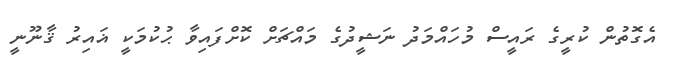
އެގޮތުން ކުރީގެ ރައީސް މުހައްމަދު ނަޝީދުގެ މައްޗަށް ކޮށްފައިވާ ޙުކުމަކީ ޣައިރު ޤާނޫނީ